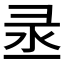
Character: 𱝟